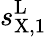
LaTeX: s_{\mathrm{X,1}}^{\mathrm{L}}